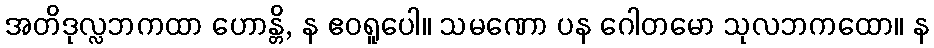
အတိဒုလ္လဘကထာ ဟောန္တိ, န ဧဝရူပေါ။ သမဏော ပန ဂေါတမော သုလဘကထော။ န